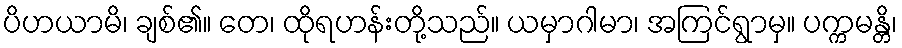
ပိဟယာမိ၊ ချစ်၏။ တေ၊ ထိုရဟန်းတို့သည်။ ယမှာဂါမာ၊ အကြင်ရွာမှ။ ပက္ကမန္တိ၊